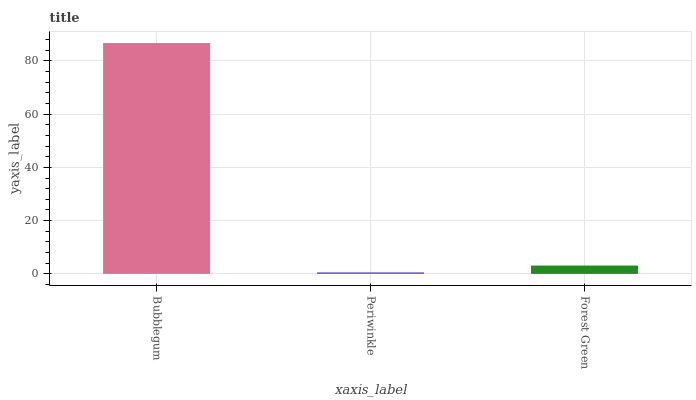
| xaxis_label | bars |
 | --- | --- |
 | Bubblegum | 86.7 |
 | Periwinkle | 0.592 |
 | Forest Green | 3.13 |